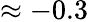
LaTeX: \approx-0.3